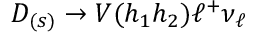
D _ { ( s ) } \to V ( h _ { 1 } h _ { 2 } ) \ell ^ { + } \nu _ { \ell }